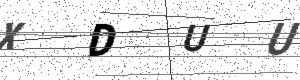
Text: XDUU